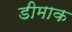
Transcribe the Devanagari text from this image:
डीमाक